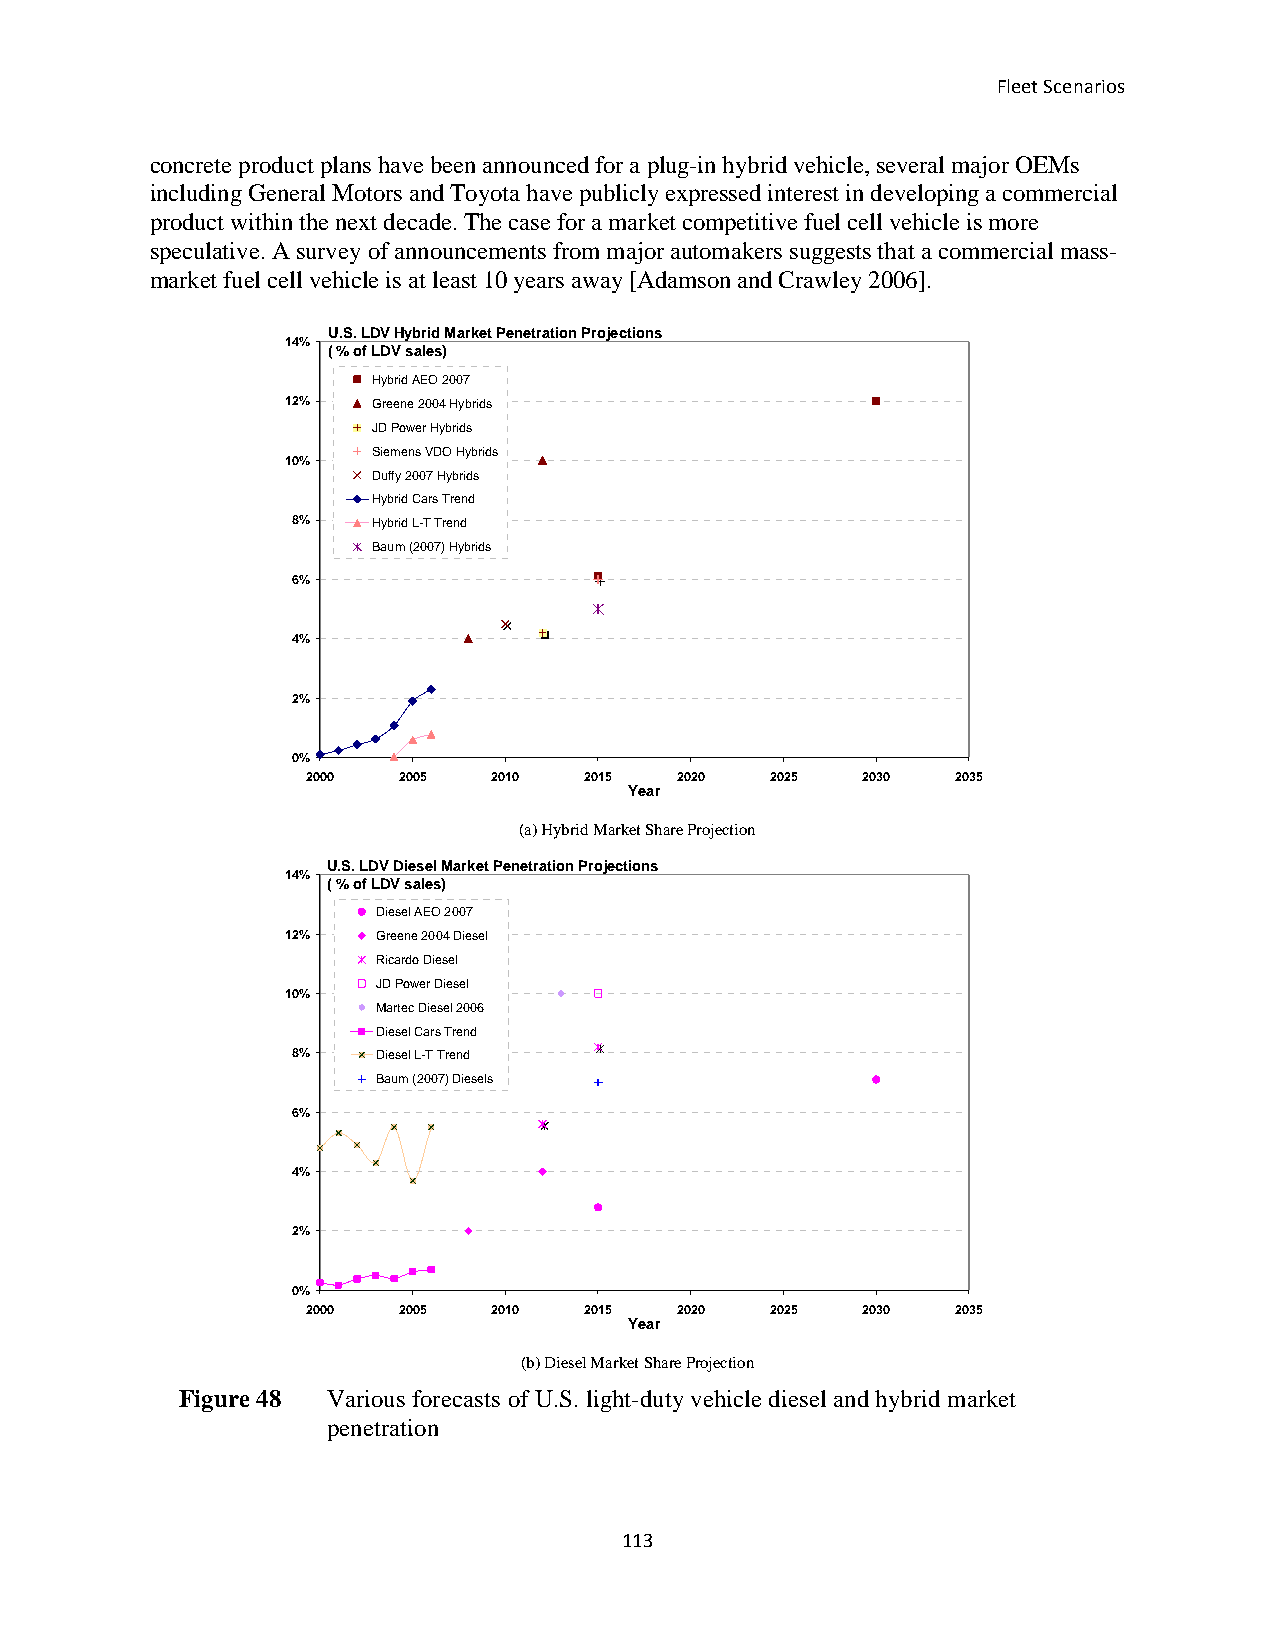
Fleet Scenarios
 concrete product plans have been announced for a plug-in hybrid vehicle, several major OEMs
 including General Motors and Toyota have publicly expressed interest in developing a commercial
 product within the next decade. The case for a market competitive fuel cell vehicle is more
 speculative. A survey of announcements from major automakers suggests that a commercial mass-
 market fuel cell vehicle is at least 10 years away [Adamson and Crawley 2006].
 U.S. LDV Hybrid Market Penetration Projections
 14%
 ( % of LDV sales)
 Hybrid AEO 2007
 12%   Greene 2004 Hybrids
 JD Power Hybrids
 Siemens VDO Hybrids
 10%
 Duffy 2007 Hybrids
 Hybrid Cars Trend
 8%    Hybrid L-T Trend
 Baum (2007) Hybrids
 6%
 4%
 2%
 0%
 2000  2005   2010  2015  2020  2025  2030  2035
 Year
 (a) Hybrid Market Share Projection
 U.S. LDV Diesel Market Penetration Projections
 14%
 ( % of LDV sales)
 Diesel AEO 2007
 12%   Greene 2004 Diesel
 Ricardo Diesel
 JD Power Diesel
 10%
 Martec Diesel 2006
 Diesel Cars Trend
 8%    Diesel L-T Trend
 Baum (2007) Diesels
 6%
 4%
 2%
 0%
 2000  2005   2010  2015  2020  2025  2030  2035
 Year
 (b) Diesel Market Share Projection
 Figure 48 Various forecasts of U.S. light-duty vehicle diesel and hybrid market
 penetration
 113